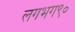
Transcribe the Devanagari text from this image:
लगभग९०